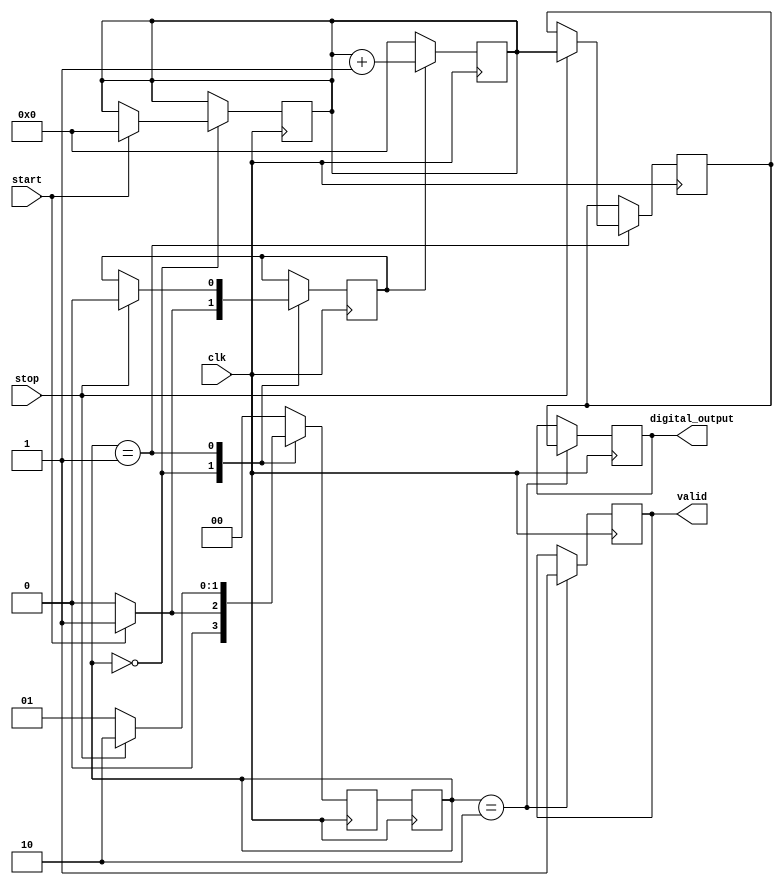
module tdc (
    input wire clk,            // High-resolution clock
    input wire start,          // Start signal
    input wire stop,           // Stop signal
    output reg [11:0] digital_output, // Digital output from ADC (12-bit resolution)
    output reg valid           // Output valid signal
);

    reg [11:0] counter;        // Time measurement counter
    reg measuring;             // State variable to indicate if measuring
    reg [11:0] voltage_level;  // Voltage level representation

    // State Machine for Control Logic
    localparam IDLE = 2'b00, MEASURE = 2'b01, CONVERT = 2'b10;
    reg [1:0] state, next_state;

    // Counter Logic
    always @(posedge clk) begin
        if (measuring) begin
            counter <= counter + 1; // Increment counter on each clock cycle
        end
        else begin
            counter <= 12'b0; // Reset counter when not measuring
        end
    end

    // State Transition Logic
    always @(posedge clk) begin
        case (state)
            IDLE: begin
                if (start) begin
                    measuring <= 1; // Start measuring
                    counter <= 12'b0; // Reset counter
                    next_state <= MEASURE;
                end
                else begin
                    next_state <= IDLE;
                    measuring <= 0;
                end
            end
            MEASURE: begin
                if (stop) begin
                    measuring <= 0; // Stop measuring
                    voltage_level <= counter; // Convert time to voltage level
                    next_state <= CONVERT;
                end
                else begin
                    next_state <= MEASURE;
                end
            end
            CONVERT: begin
                // Here we would convert the voltage level to a digital output
                // This is abstracted; in a real implementation, this would involve
                // interfacing with an ADC or DAC
                digital_output <= voltage_level; // Simulated output
                valid <= 1; // Indicate valid output
                next_state <= IDLE; // Return to IDLE state
            end
            default: next_state <= IDLE; // Default state
        endcase
    end

    // State Register
    always @(posedge clk) begin
        state <= next_state;
    end

endmodule